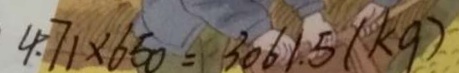
4 . 7 1 \times 6 5 0 = 3 0 6 1 . 5 ( k g )